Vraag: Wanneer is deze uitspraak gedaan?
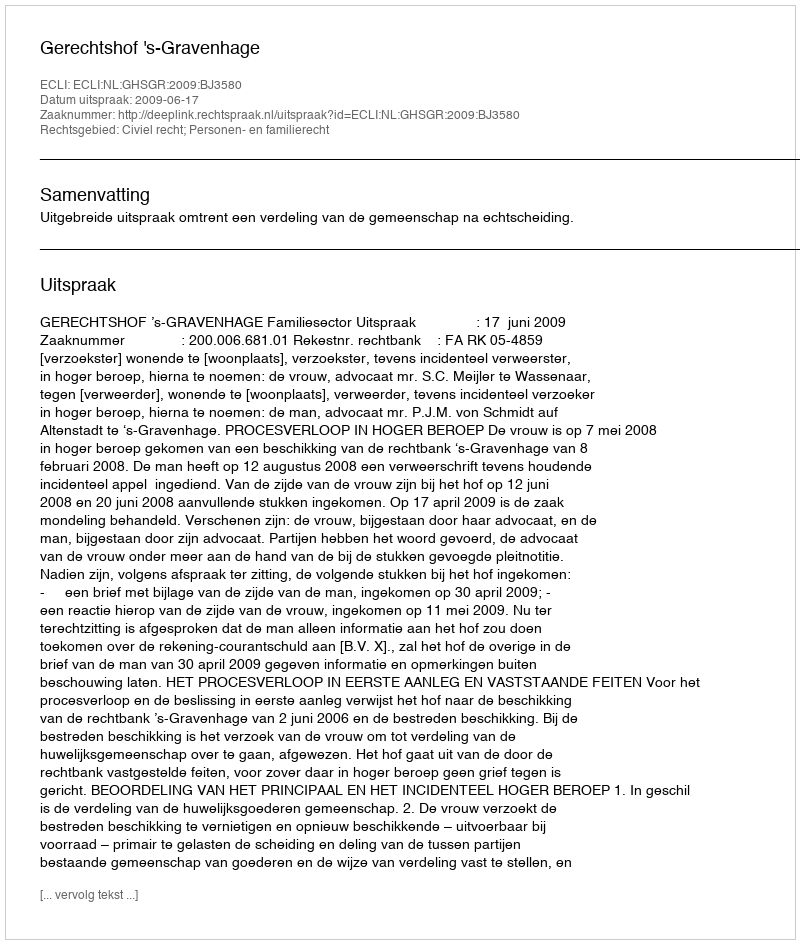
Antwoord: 2009-06-17